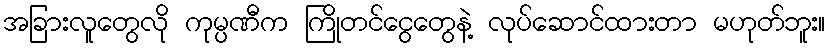
အခြားလူတွေလို ကုမ္ပဏီက ကြိုတင်ငွေတွေနဲ့ လုပ်ဆောင်ထားတာ မဟုတ်ဘူး။